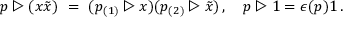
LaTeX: p \triangleright ( x \tilde { x } ) \ = \ ( p _ { ( 1 ) } \triangleright x ) ( p _ { ( 2 ) } \triangleright \tilde { x } ) \, , \quad p \triangleright 1 = \epsilon ( p ) 1 \, .